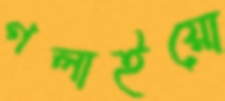
গলাইয়ো